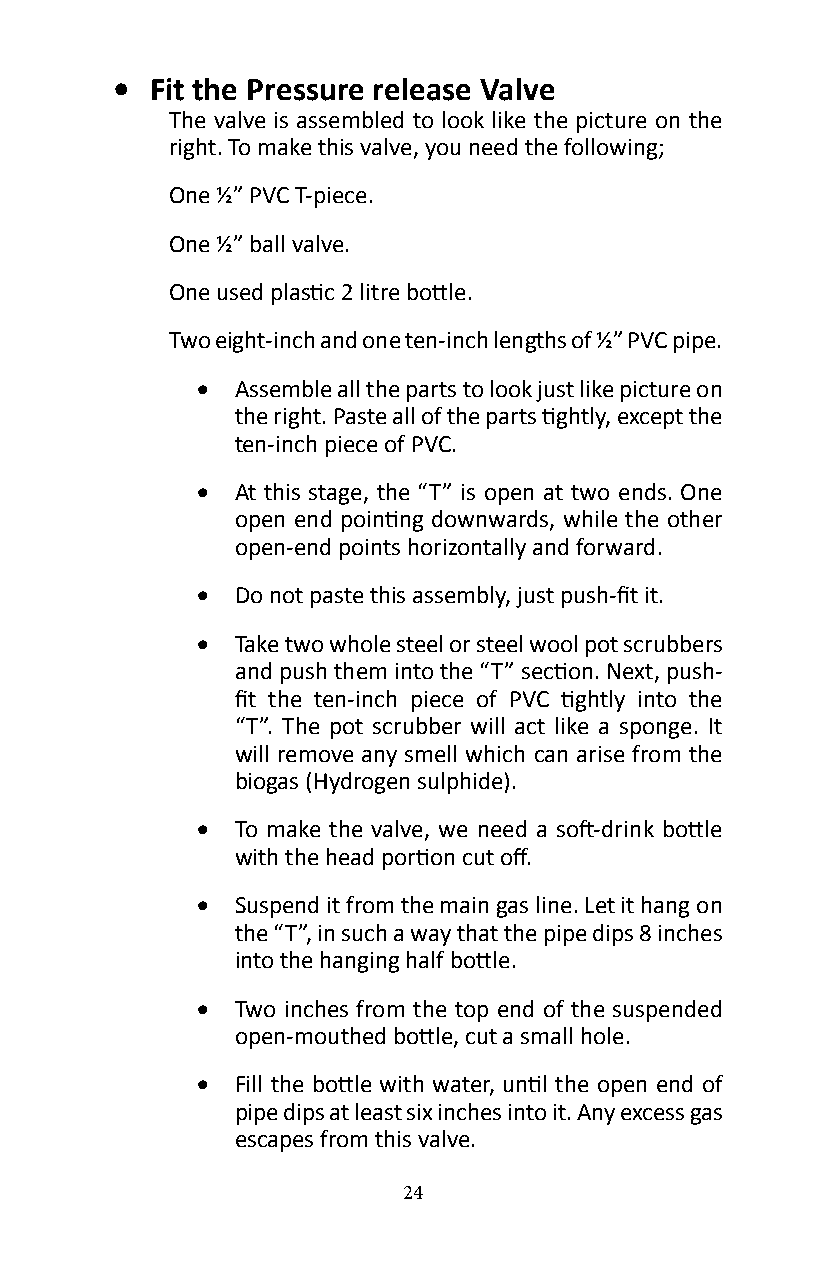
•  Fit the Pressure release Valve
 The valve is assembled to look like the picture on the
 right� To make this valve, you need the following;
 One ½” PVC T-piece.
 One ½” ball valve.
 One used plastic 2 litre bottle.
 Two eight-inch and one ten-inch lengths of ½” PVC pipe.
 •  Assemble all the parts to look just like picture on
 the right. Paste all of the parts tightly, except the
 ten-inch piece of PVC.
 •  At this stage, the “T” is open at two ends� One
 open end pointing downwards, while the other
 open-end points horizontally and forward�
 •  Do not paste this assembly, just push-fit it.
 •  Take two whole steel or steel wool pot scrubbers
 and push them into the “T” section. Next, push-
 fit the ten-inch piece of PVC tightly into the
 “T”� The pot scrubber will act like a sponge� It
 will remove any smell which can arise from the
 biogas (Hydrogen sulphide).
 •  To make the valve, we need a soft-drink bottle
 with the head portion cut off.
 •  Suspend it from the main gas line� Let it hang on
 the “T”, in such a way that the pipe dips 8 inches
 into the hanging half bottle.
 •  Two inches from the top end of the suspended
 open-mouthed bottle, cut a small hole.
 •  Fill the bottle with water, until the open end of
 pipe dips at least six inches into it� Any excess gas
 escapes from this valve�
 24